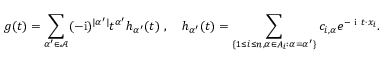
g ( t ) = \sum _ { \alpha ^ { \prime } \in \mathcal { A } } ( - \mathrm { i } ) ^ { \lvert \alpha ^ { \prime } \rvert } t ^ { \alpha ^ { \prime } } h _ { \alpha ^ { \prime } } ( t ) \ , \quad h _ { \alpha ^ { \prime } } ( t ) = \sum _ { \{ 1 \le i \le n , \alpha \in A _ { i } : \alpha = \alpha ^ { \prime } \} } c _ { i , \alpha } e ^ { - \textrm { i } t \cdot x _ { i } } .